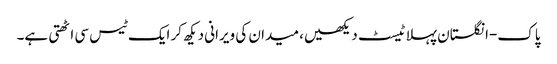
پاک-انگلستان پہلا ٹیسٹ دیکھیں، میدان کی ویرانی دیکھ کر ایک ٹیس سی اٹھتی ہے۔